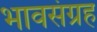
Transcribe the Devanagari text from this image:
भावसंग्रह